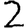
Digit: 2